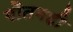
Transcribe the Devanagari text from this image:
गौतमही